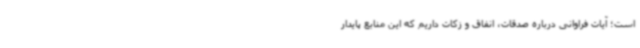
است؛ آیات فراوانی درباره صدقات، انفاق و زکات داریم که این منابع پایدار